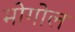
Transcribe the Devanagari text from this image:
मोगोल